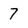
Character: 7